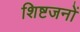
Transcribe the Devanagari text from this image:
शिष्टजनों